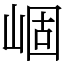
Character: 崓